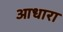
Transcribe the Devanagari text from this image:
आधारा